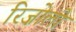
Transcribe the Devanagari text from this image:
रिज़ोली